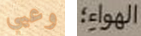
وعيي الهواء؛